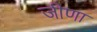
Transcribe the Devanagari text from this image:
जीणा